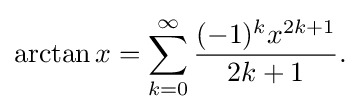
{\begin{aligned}\arctan x=\sum _{k=0}^{\infty }{\frac {(-1)^{k}x^{2k+1}}{2k+1}}.\end{aligned}}